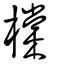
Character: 橖